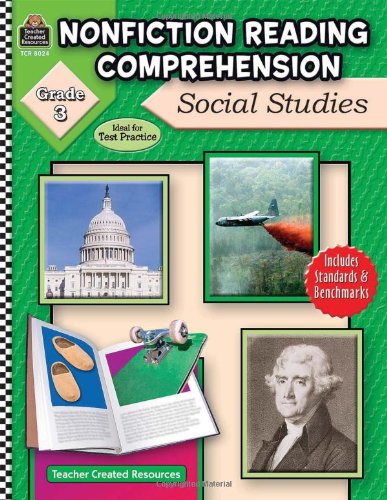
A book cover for Nonfiction Reading Comprehension: Social Studies, Grade 3; Ruth Foster; Reference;